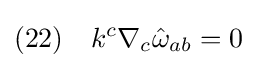
(22)\quad k^{c}\nabla _{c}{\hat {\omega }}_{ab}=0\;